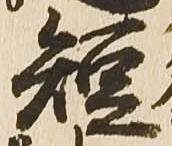
短